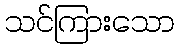
သင်ကြားသော